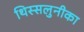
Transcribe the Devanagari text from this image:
थिस्सलुनीका